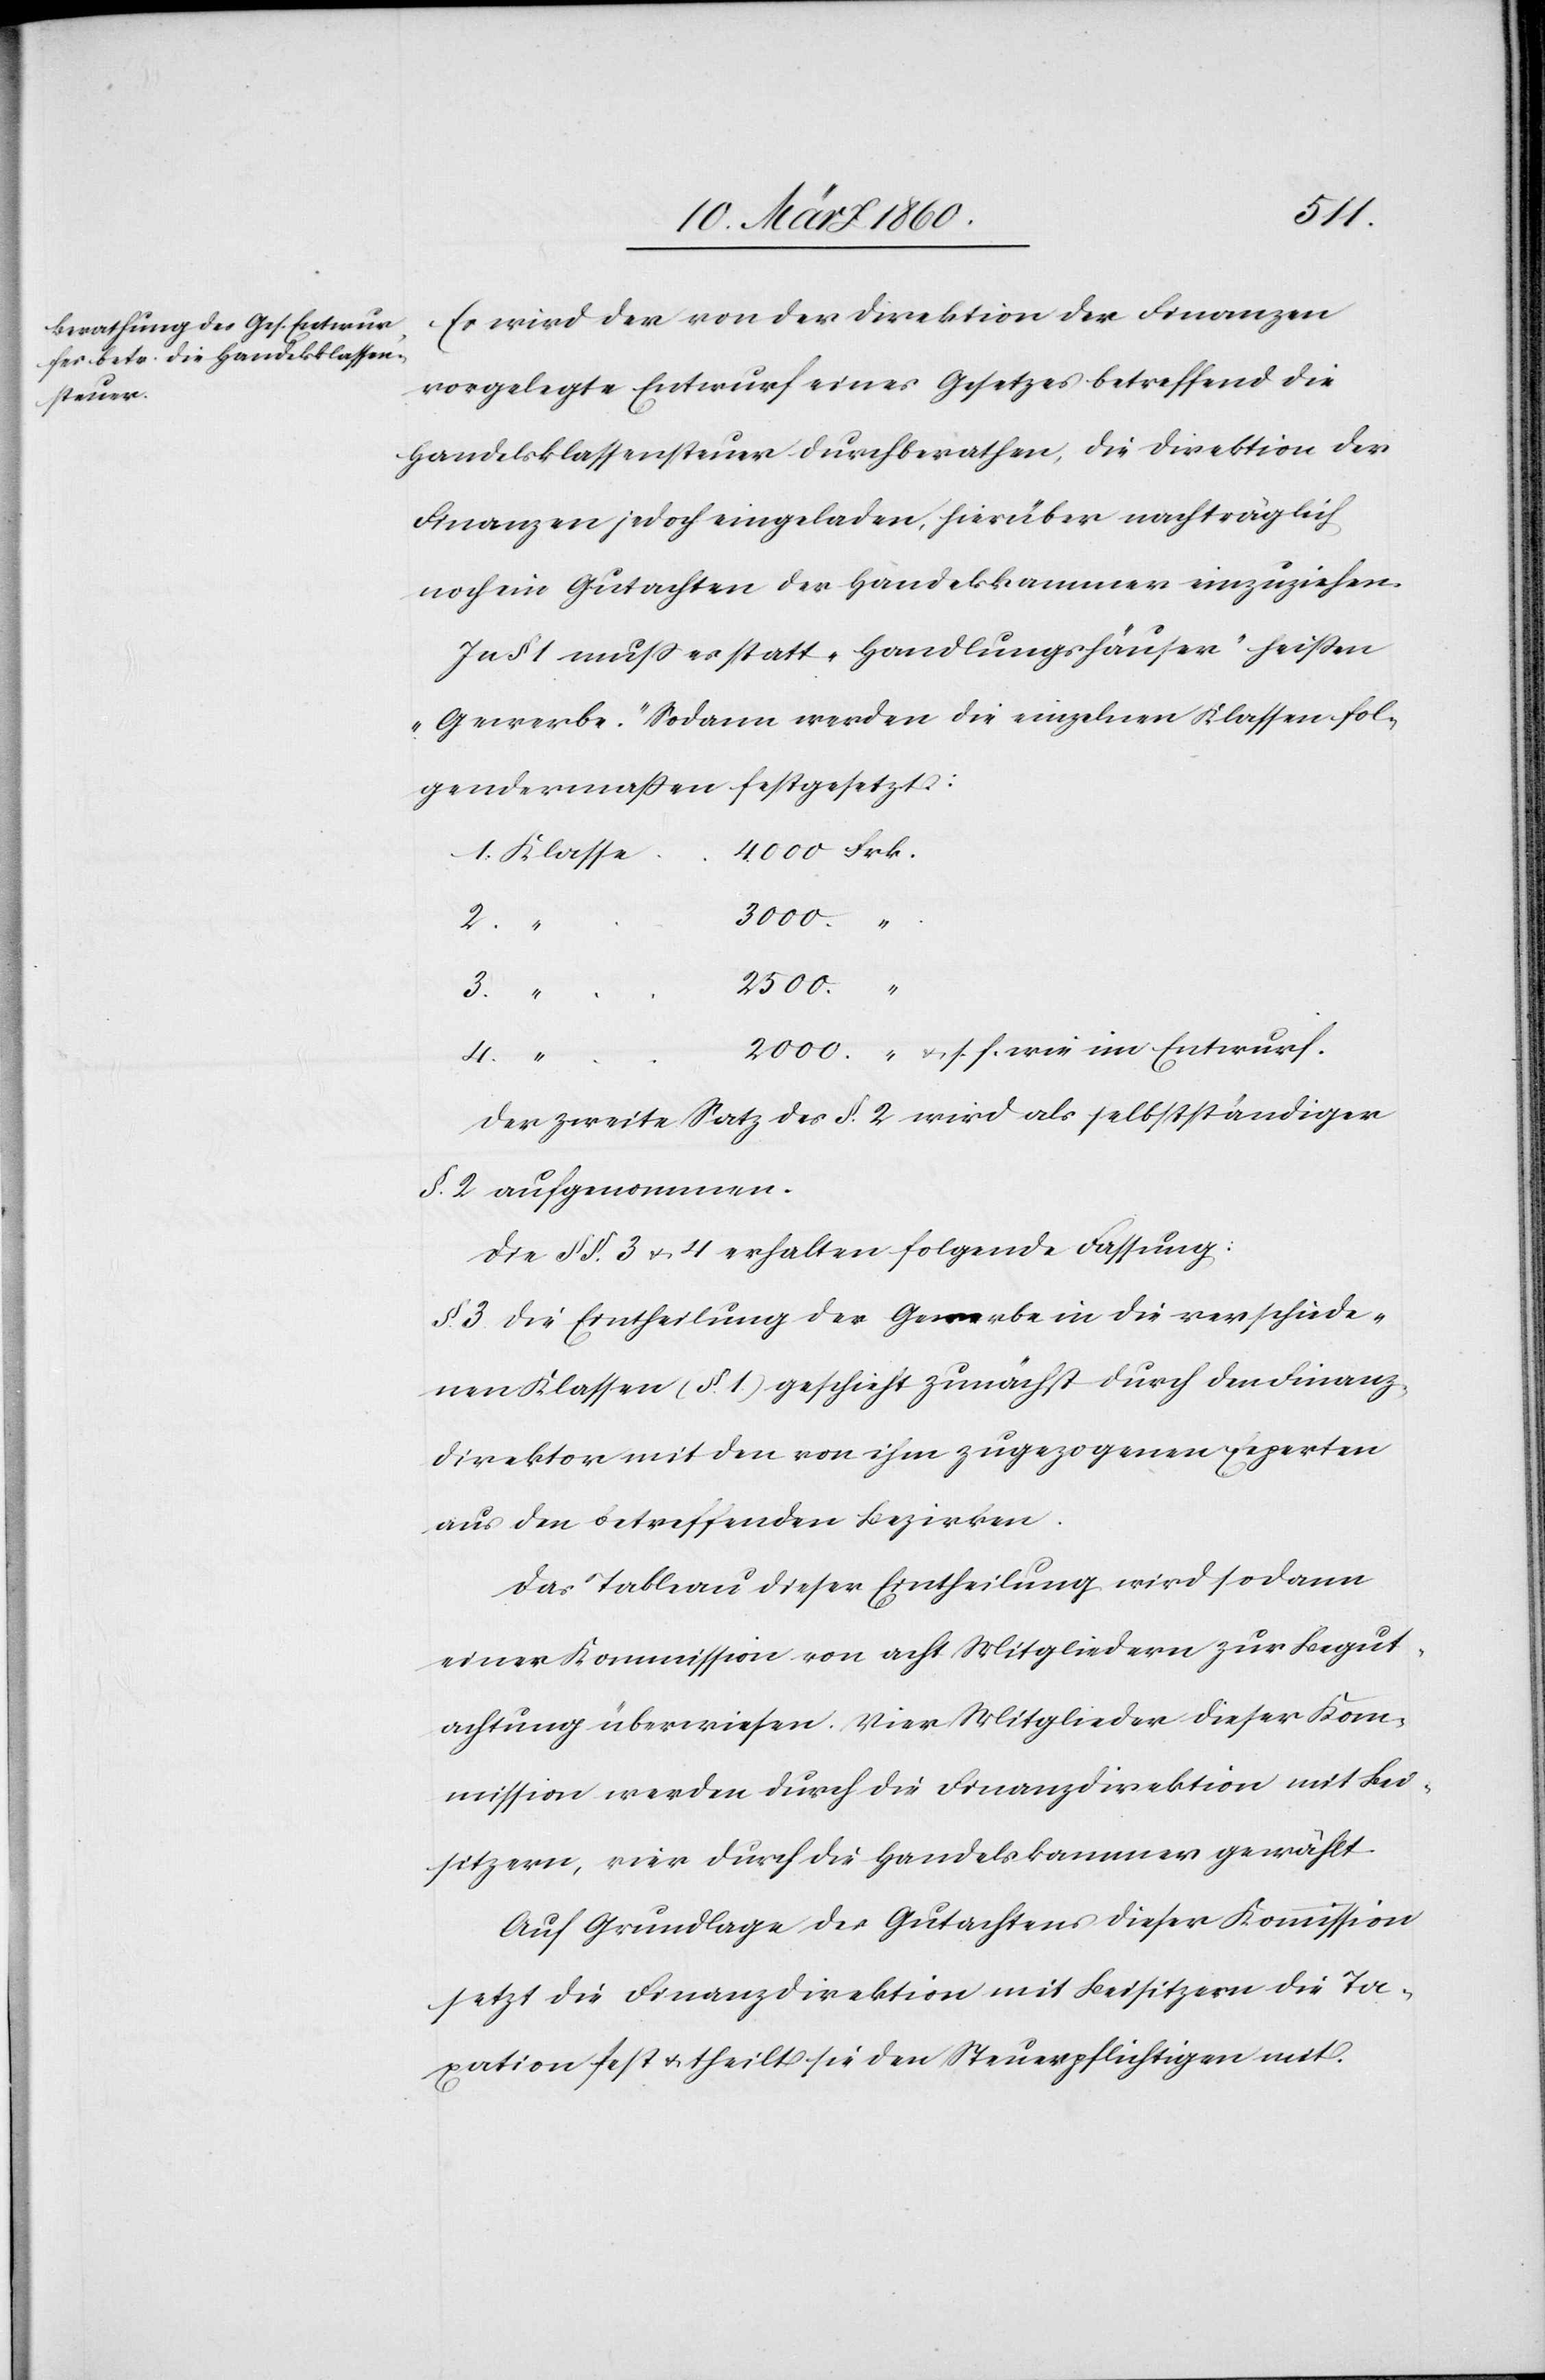
Es wird der von der Direktion der Finanzen
vorgelegte Entwurf eines Gesetzes betreffend die
Handelsklassensteuer durchberathen, die Direktion der
Finanzen jedoch eingeladen, hierüber nachträglich
noch ein Gutachten der Handelskammer einzuziehen.
In §. 1. muss es statt „Handlungshäuser“ heißen
„Gewerbe“. Sodann werden die einzelnen Klassen fol¬
gendermassen festgesetzt:
4.
2000.
Frk.
3.
u. s. f. wie im Entwurf.
Der zweite Satz des §. 2. wird als selbstständiger
§. 2. aufgenommen.
Die §§. 3 u. 4 erhalten folgende Fassung:
§. 3. Die Eintheilung der Gewerbe in die verschiede¬
nen Klassen [§. 1] geschieht zunächst durch den Finanz¬
direktor mit den von ihm zugezogenen Experten
aus den betreffenden Bezirken.
Das Tableau dieser Eintheilung wird sodann
einer Kommission von acht Mitgliedern zur Begut¬
achtung überwiesen. Vier Mitglieder dieser Kom¬
mission werden durch die Finanzdirektion mit Bei¬
sitzern, vier durch die Handelskammer gewählt.
Auf Grundlage des Gutachtens dieser Kommission
setzt die Finanzdirektion mit Beisitzern die Ta¬
xation fest u. theilt sie den Steuerpflichtigen mit.